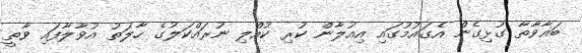
ބަޣާވާތާ ގުޅިގެން އެގައުމުގައި އިއުލާން ކުރި ކުއްލި ނުރައްކަލުގެ ހާލަތު އުވާލާފައި ވާތީ